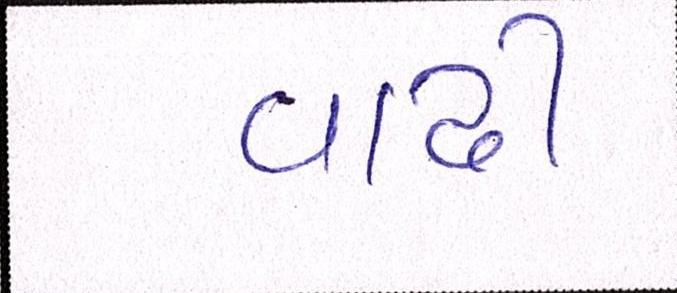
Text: વાઢી